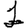
Digit: 1